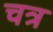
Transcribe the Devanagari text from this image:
चत्र